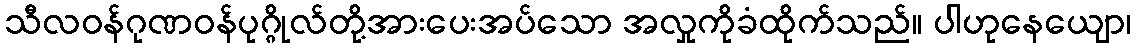
သီလဝန်ဂုဏဝန်ပုဂ္ဂိုလ်တို့အားပေးအပ်သော အလှုကိုခံထိုက်သည်။ ပါဟုနေယျော၊